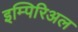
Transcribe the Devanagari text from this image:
इम्पिरिअल